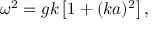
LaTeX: \omega ^ { 2 } = g k \left[ 1 + ( k a ) ^ { 2 } \right] ,